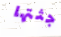
جثتها